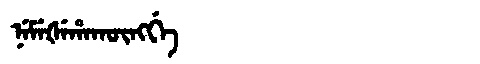
Manchu: ᠨᡝᠮᡝᡧᡝᡥᠠᡴᡡᠩᡤᡝ
Romanization: NEMEŠEHAKŪNGGE